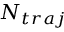
N _ { t r a j }